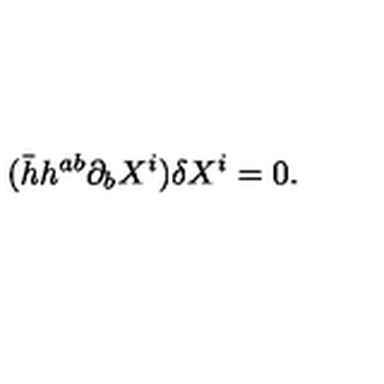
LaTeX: ( \bar { h } h ^ { a b } \partial _ { b } X ^ { i } ) \delta X ^ { i } = 0 .